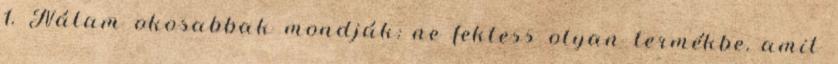
1. Nálam okosabbak mondják: ne fektess olyan termékbe, amit